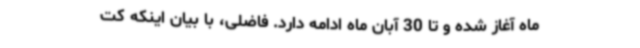
ماه آغاز شده و تا 30 آبان ماه ادامه دارد. فاضلی، با بیان اینکه کت